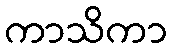
ကာသိကာ